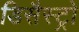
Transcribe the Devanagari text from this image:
डिसैस्ट्रो